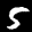
Label: 5